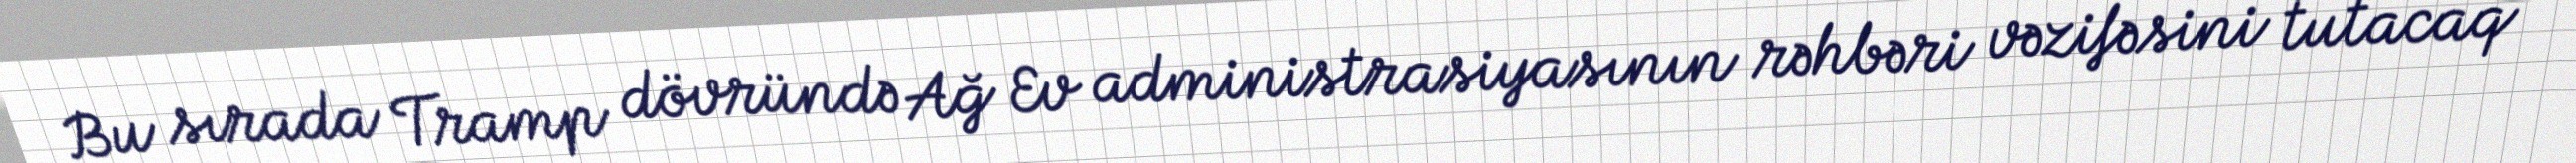
Bu sırada Tramp dövründə Ağ Ev administrasiyasının rəhbəri vəzifəsini tutacaq